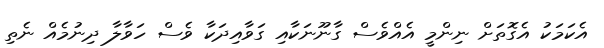
އެކަމަކު އެގޮތަށް ނިންމީ އެއްވެސް ގާނޫނަކާއި ގަވާއިދަކާ ވެސް ހަވާލާ ދިނުމެއް ނެތި